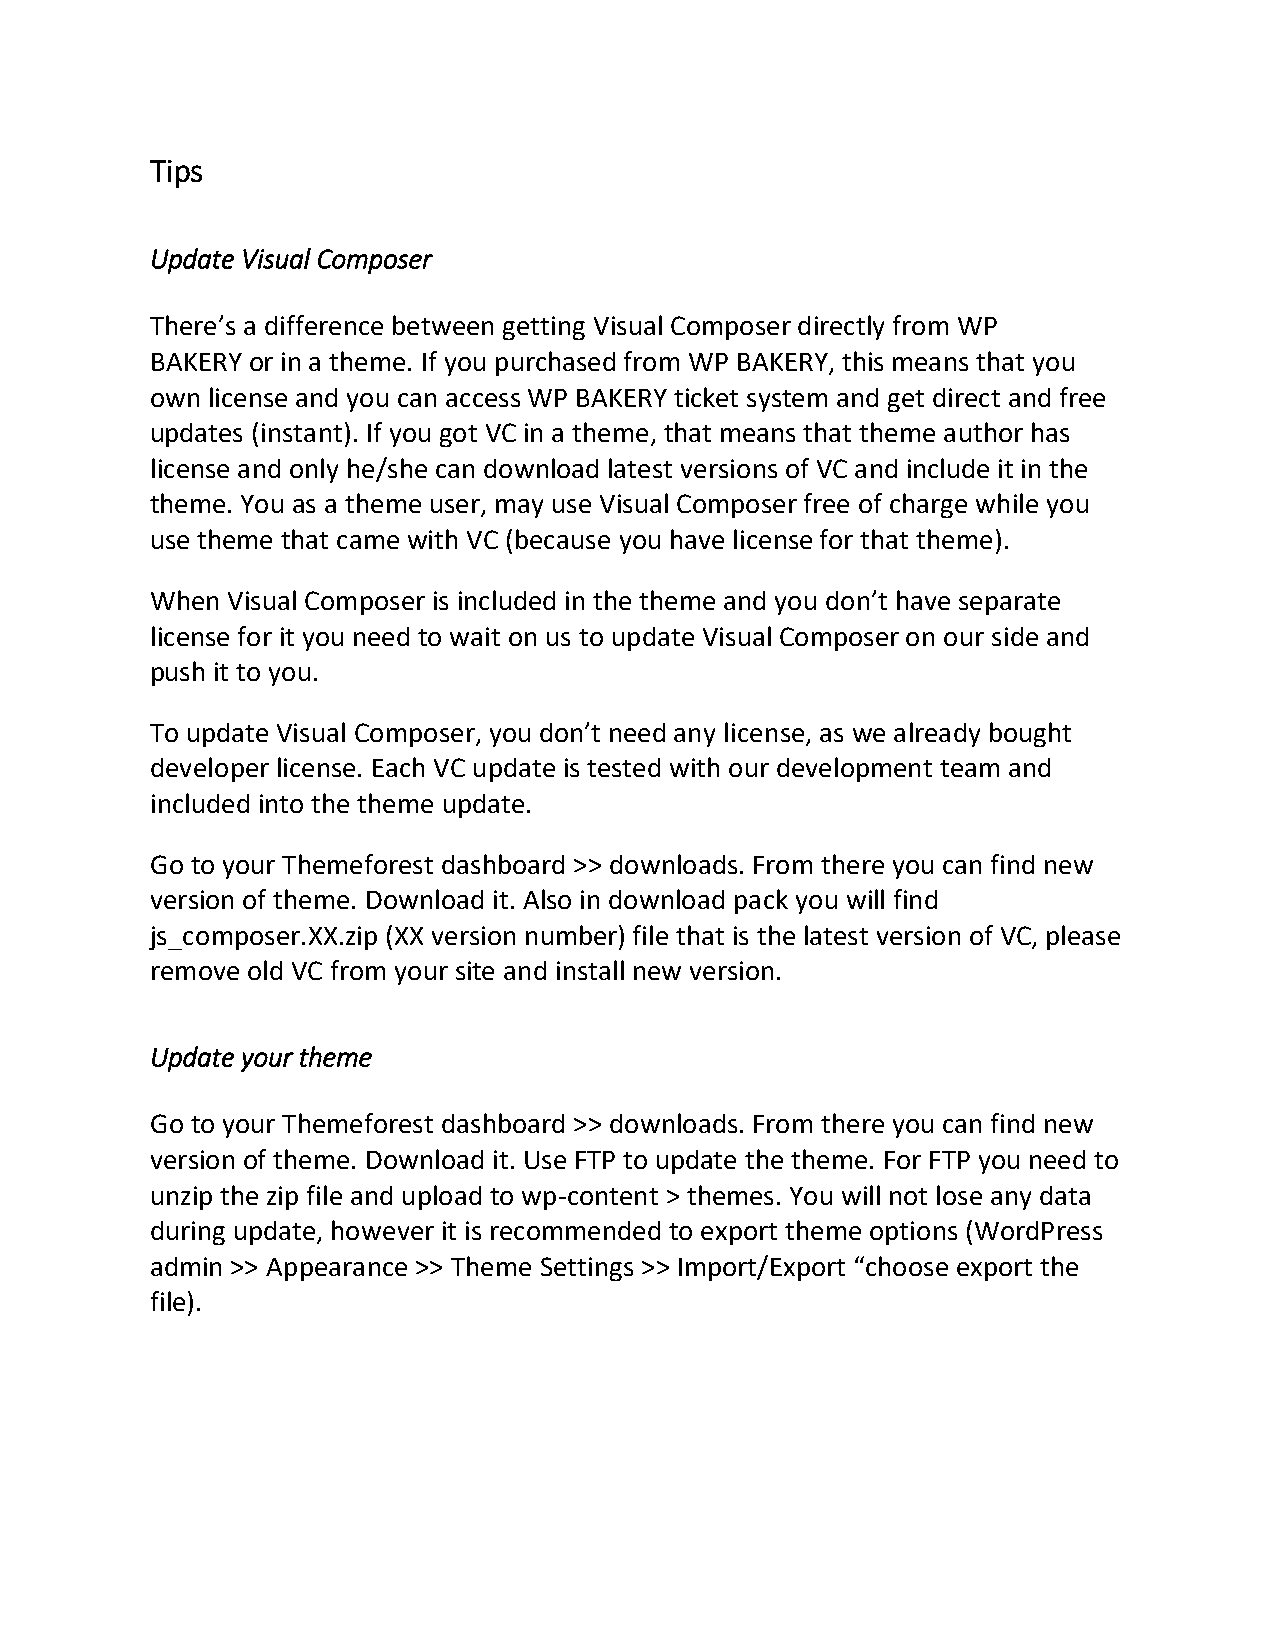
Tips
 Update Visual Composer
 There’s a difference between getting Visual Composer directly from WP
 BAKERY or in a theme. If you purchased from WP BAKERY, this means that you
 own license and you can access WP BAKERY ticket system and get direct and free
 updates (instant). If you got VC in a theme, that means that theme author has
 license and only he/she can download latest versions of VC and include it in the
 theme. You as a theme user, may use Visual Composer free of charge while you
 use theme that came with VC (because you have license for that theme).
 When Visual Composer is included in the theme and you don’t have separate
 license for it you need to wait on us to update Visual Composer on our side and
 push it to you.
 To update Visual Composer, you don’t need any license, as we already bought
 developer license. Each VC update is tested with our development team and
 included into the theme update.
 Go to your Themeforest dashboard >> downloads. From there you can find new
 version of theme. Download it. Also in download pack you will find
 js_composer.XX.zip (XX version number) file that is the latest version of VC, please
 remove old VC from your site and install new version.
 Update your theme
 Go to your Themeforest dashboard >> downloads. From there you can find new
 version of theme. Download it. Use FTP to update the theme. For FTP you need to
 unzip the zip file and upload to wp-content > themes. You will not lose any data
 during update, however it is recommended to export theme options (WordPress
 admin >> Appearance >> Theme Settings >> Import/Export “choose export the
 file).